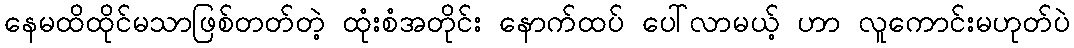
နေမထိထိုင်မသာဖြစ်တတ်တဲ့ ထုံးစံအတိုင်း နောက်ထပ် ပေါ်လာမယ့် ဟာ လူကောင်းမဟုတ်ပဲ